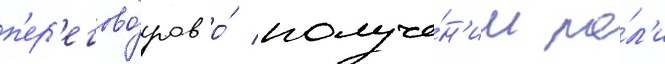
п'ер'егово́ров о́ получе́н'ии ро́л'и